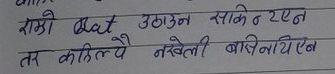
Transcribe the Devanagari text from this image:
रामो Bat उठाउन सकिन ऐन
तर कहिल्यै नखेली बासिनयैब